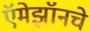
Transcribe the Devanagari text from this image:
ऍमेझॉनचे